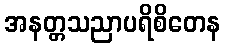
အနတ္တသညာပရိစိတေန